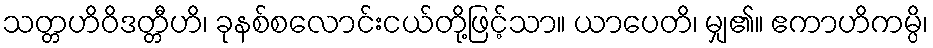
သတ္တဟိဝိဒတ္တီဟိ၊ ခုနစ်စလောင်းငယ်တို့ဖြင့်သာ။ ယာပေတိ၊ မျှ၏။ ဧကာဟိကမ္ပိ၊